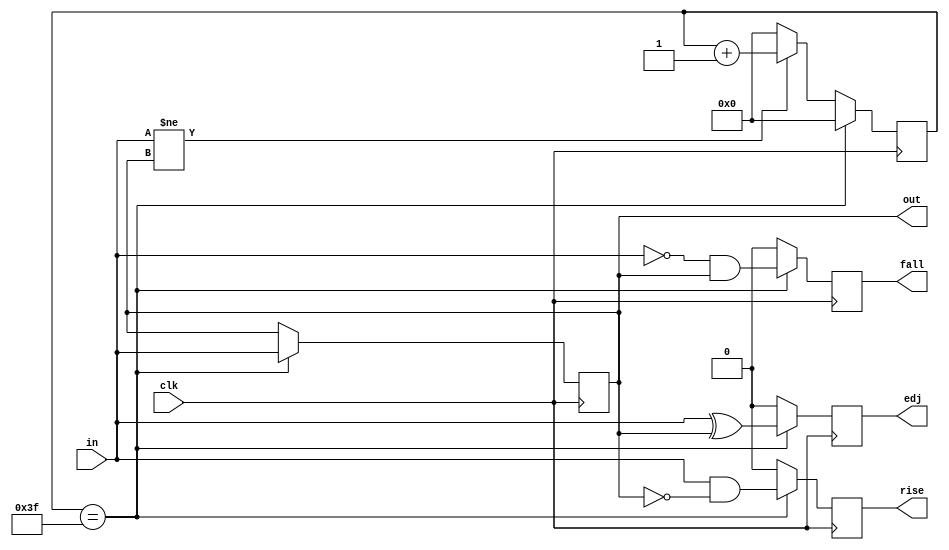
`timescale 1ns / 1ps

// from: https://electronics.stackexchange.com/questions/505911/debounce-circuit-design-in-verilog

module debouncer #(parameter MAX_COUNT = 64) (
    input wire clk,
    input wire in,    // Synchronous and noisy input.
    output reg out,   // Debounced and filtered output.
    output reg edj,   // Goes high for 1 clock cycle on either edge of output. Note: used "edj" because "edge" is a keyword.
    output reg rise,  // Goes high for 1 clock cycle on the rising edge of output.
    output reg fall   // Goes high for 1 clock cycle on the falling edge of output.
);

    localparam COUNTER_BITS = $clog2(MAX_COUNT);

    reg [COUNTER_BITS - 1 : 0] counter;
    wire w_edj;
    wire w_rise;
    wire w_fall;

    initial
    begin
        counter = 0;
        out = 0;
    end

    always @(posedge clk)
    begin
        counter <= 0;  // Freeze counter by default to reduce switching losses when input and output are equal.
        edj <= 0;
        rise <= 0;
        fall <= 0;
        if (counter == MAX_COUNT - 1)  // If successfully debounced, notify what happened.
        begin
            out <= in;
            edj <= w_edj;    // Goes high for 1 clock cycle on either edge.
            rise <= w_rise;  // Goes high for 1 clock cycle on the rising edge.
            fall <= w_fall;  // Goes high for 1 clock cycle on the falling edge.
        end
        else if (in != out)  // Hysteresis.
        begin
            counter <= counter + 1;  // Only increment when input and output differ.
        end
    end

    // Edge detect.
    assign w_edj = in ^ out;
    assign w_rise = in & ~out;
    assign w_fall = ~in & out;

endmodule